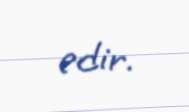
edir.